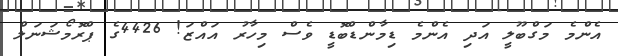
އެންމެ މަގްބޫލީ އަދި އެންމެ ޑިމާންޑްބޮޑީ ވެސް މިހާރު އައްޒަ! 4426ގެ ޕްރޮމޯޝަނަލް